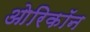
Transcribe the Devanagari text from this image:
ओरिकॉन